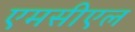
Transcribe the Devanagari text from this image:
एमसीएल